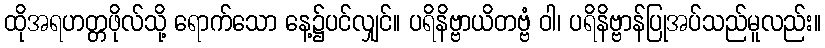
ထိုအရဟတ္တဖိုလ်သို့ ရောက်သော နေ့၌ပင်လျှင်။ ပရိနိဗ္ဗာယိတဗ္ဗံ ဝါ၊ ပရိနိဗ္ဗာန်ပြုအပ်သည်မူလည်း။